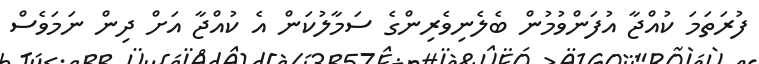
ފުރަތަމަ ކުއްޖާ އުފަންވުމުން ބެލެނިވެރިންގެ ސަމާލުކަން އެ ކުއްޖާ އަށް ދިން ނަމަވެސް